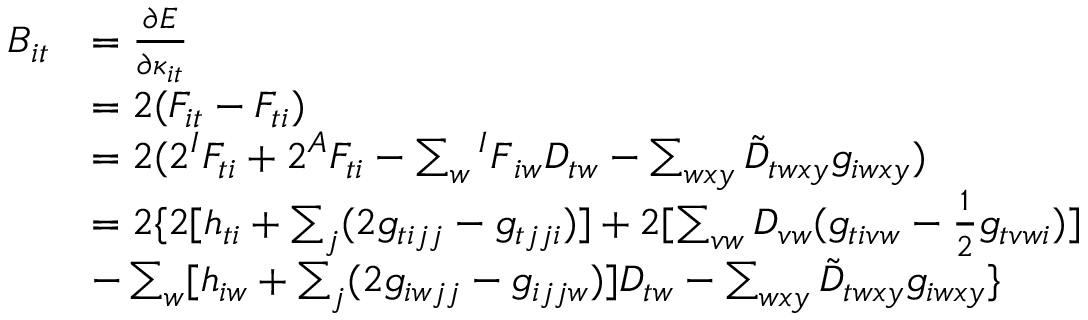
\begin{array} { r l } { B _ { i t } } & { = \frac { \partial E } { \partial \kappa _ { i t } } } \\ & { = 2 ( F _ { i t } - F _ { t i } ) } \\ & { = 2 ( 2 ^ { I } F _ { t i } + 2 ^ { A } F _ { t i } - \sum _ { w } { ^ { I } F } _ { i w } D _ { t w } - \sum _ { w x y } \tilde { D } _ { t w x y } g _ { i w x y } ) } \\ & { = 2 \{ 2 [ h _ { t i } + \sum _ { j } ( 2 g _ { t i j j } - g _ { t j j i } ) ] + 2 [ \sum _ { v w } D _ { v w } ( g _ { t i v w } - \frac { 1 } { 2 } g _ { t v w i } ) ] } \\ & { - \sum _ { w } [ h _ { i w } + \sum _ { j } ( 2 g _ { i w j j } - g _ { i j j w } ) ] D _ { t w } - \sum _ { w x y } \tilde { D } _ { t w x y } g _ { i w x y } \} } \end{array}